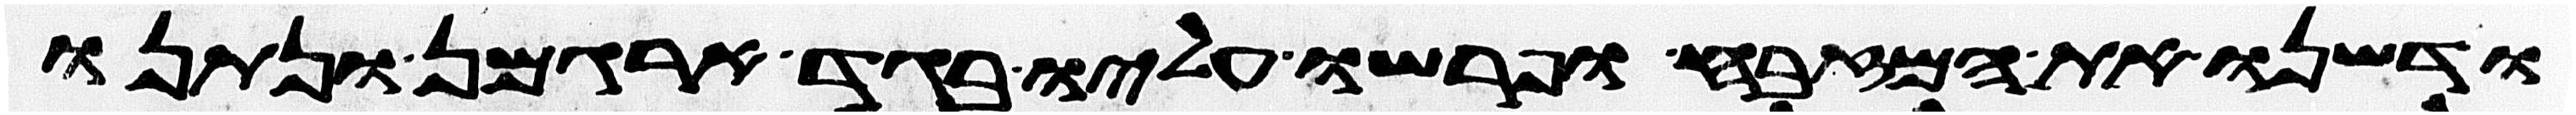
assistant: ודשנו את המזבח ופרשו עליו בגד ארגמן ונתנו